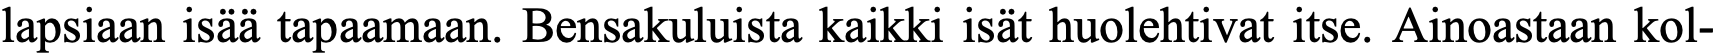
lapsiaan isää tapaamaan. Bensakuluista kaikki isät huolehtivat itse. Ainoastaan kol-